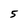
Character: 5